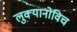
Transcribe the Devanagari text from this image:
लुक्यानोविच